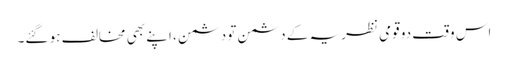
اس وقت دو قومی نظریہ کے دشمن تو دشمن ، اپنے بھی مخالف ہو گئے۔